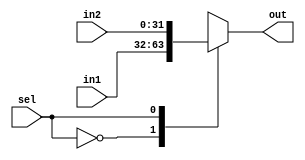
module mux #(parameter size = 32)(input[size-1:0] in1,in2, input sel, 
									output reg[size-1:0] out);
			always@(sel,in1,in2)
			case(sel)
			0: out = in1;
			1: out = in2;
			endcase
endmodule